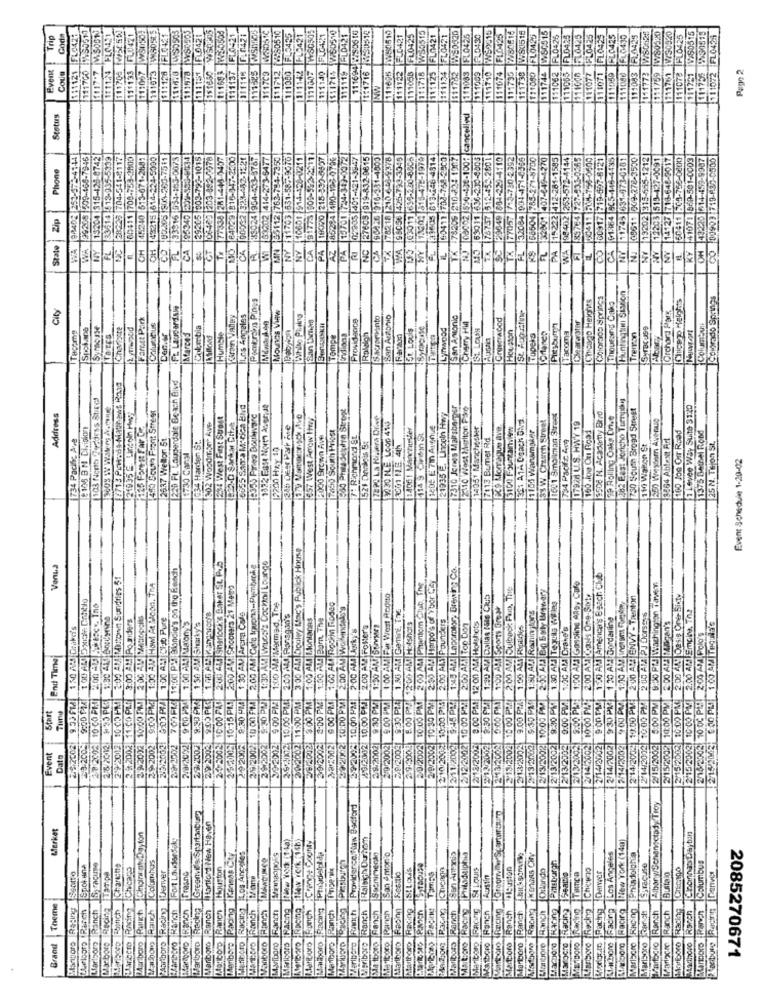
9%50517
111708 [W/5(51)
FLO421
₩50505
$51711 W50510
20
15
50515
111/59 W80320
111761 W/30320
Trip
Gode
111133 FLO421
WYSO505
FLO42
FICA
111119 FLO42
FL0-421
FLO425
15
21
0430
FLOW2
FL0426
FL04.25
PL0425
111071 |FL0425
111773 WS0128
FLO425
111751 1X80515
111756 9730519
511072 FL0424
111124 PLC
$1:128 FLO4
FLO4
111710 WS
FLO4
111693 W
111694 12
W
FL
FL
Event
111121
1117.7
111057
111673
111578
151850
111525
111712
111407
111122
111063
111009
111074
11738
11077
Pago 2
Cous
111700
111673
111137
011118
CO
111080
111140
1716
111695
11:718
111125
#11134
111080
111744
$111078
11
INW
111
1110
111
111
Status
WA 98402 253-172-4144
WA 99208 209-468-7946
13204 315-126-0742
28223 704-541-8117
71-268
224-5000
29205 003-796-1015
08482 203 882-6978
77334 281-445-3407
37-25001
12-1321
473-8787
273-6477
1-00721
₪ 02335 401-421-3847
27605 919-832-9815
TX 78218 210 4-3-4378
49
478-1979
615164 965-146-4435
11745 631-973-0181
09511 009-272-3500
212
12203 513-427-0091
1227-0091
03
42225 614-459-9987
CO 00903 719-182-0500
Phone
33614 513-935-5
198225 916-331
WA 95056 425-793-
160917 719-657
41071 850-501-
60411 708-75
93411 708-74
14127 718-6
60411 209-755
43215 614
195340 209-
12 763
33 531
1914
70 215
85284 480
TX 78209 210
02 315
OH 45240 51
FLAD3916
15700 ₺
3605 61
Zip
1000
TX 797-57
77057
1. 22
CA 61-184
12203
3208
NY
FL
VC
OH
ČT
T.
CA
WE
NY
NY
CA
PA
AZ
PA
WA
NY
A.
NY
Chicago Heights
Chiomaos siprings
Thousand Oaks
Huntingtını Station
Glicero Heights
Tcolorado Springs
Ft Lauderdays
Orchard Park
City
Forest Part
Caron Valley
Los Angeles
Mounds View
Providence
Sacarvinto
San Antonio
San Antonio
St. Augustine
Spoluapa
Syracuse
Chevipete
Columbus
Afarces
Colombia
Et Louis
Lynwood
Cherry Hig
SL LOUN
Houston
PutsSum
Clearerstar
Columbus
Humble
Tempe
Endions
Rolsich
ITupeks
Tacoma
Treman
1220 Ft Lauderdale Beach Blvd
103 North Zecdess Shire
282 East Joricho Tury
1440 South Front Street
16355 San'a Matica ENvt
1322 Fast Nort Aberde
1900 Prisa Selplyn Stropt
121935 E. Lincoln Hwy
7310 Jenes Malrsberger
2110 West Marlton Five
730 South Broad Street
a Lovee Way Suite 31:20
Address
121935 E. Lincoln Mwwy
:350 Pries Boulware
€57 West Acrow Hwy
17828 La Riviera Dive
1361 ATA Coach BNd
83 W. Church Street
11691 8moilman Street
3508 N. Academy Birro
39 Rolling Oaks Cvive
7325 For Rt Far Ca
302 Woodmont AVE
7490 South Priest
3030 NLE. LOOG 410
1406! Manchester
1405 E 71 Avenue
14051 Manchester
ECS Morraque ave.
11105 Wanamaker
1792 U.S. HWY 19
1375 Bethel Rond
734 Pacific Ave
2637 Wellor 5t
1634 Harden St.
2000 Brown Ave
7: Richmond St
1521 Doriois 5:
114 3 Cvitin St
7:13 Bumet Rd
734 Pacific Avg
150 .ice On Riga:
3864 AbleNt Art
100 Joe Our Road
25 N. Tejon St.
12200 Hz.10
ECO1 NIE 4th
110 Walton St
1730 CanMI
Event Schedule 1-20-02
20/2002 11:00 PM 3 00 AM Dipoley Mac's Publick House
Venua
701FM 11:00 PM Blondie's on the Beach
200 4M1 SHOCKe Baker St. Pub
2.00 AM Gele Iquona-Pembecke
1:30 AM Wucci's Cochol Lounge
1:49 AM Laborator, Brewing Co.
2:00 AM MITtown Sundries 51
2/9/2002 10:30 PM|2:30 AM Harpo's of Ybor Czy
1:00 AN America's Beach Club
9:00 PM| 1:00 AM Howl At "con. The
2:00 ANI Shooters 21 Mamy
10:00 PM 2 00 AMI Phantom club, The
10 00 PM 2 00 AM Dulback Pain, The
1:00 AM Gasoline Alpy Cafe
1:00 AM Far West Redito
1:40 AM Dallas NRs Ckb
2:00 AM Cans One-SMe
200 AM ENVY - Trenton
2.00 AMy Desis One Sixty
1x10 AM Mermed, The
6:00 PM 1:00 AM Rockin Riodec
322002 60:00 PM| 2:00 AM Wolfindal's
210.2002 13:00 PM 2.00 AM Pounders
2.00 PM: 12 00 ALE Holshots ...
1:00 AM Sports Grew
1:50 AMI Remin tons
1.30 All |Tequila WE Ing
2.9:2002 11 60 PLf 3:00 AM Po siders
10:00 PM 2 00 AM MARIOOGIS
8:00 PM 1:00 AM Club Pure
1:30 AM Arcra Cafe
3.9240072 10.00 PM41 2:00 AM Pans930'S
3.00 PM E:00 AM Hontanas
1.00 AL Barn, The
1.30 AM |Genini, T
8.00 PM |1200 AM Hotshots
1 30 AMI Borderline
2 00 AM PJ OUISSS
9.59 FMA 1 50 AM Drikdi's
9 00 PM4 1:00 AM Matory
1-50 AM Sharky's
392008|10.00 PM 2:00 AM Jorky's
89/2002 10:00 PM 2.00 AM Foster's
2:00 AM1 Top Con
1.00 ALI Rioildes
ROC AM Crahe's
2:00 AM 140gan'S
2/15/2026 00 PLI 1:00 AM |THcula's
2/15/2002 10 00 PM 2.00 AM Polo's
End Time
9.53 FRA
2'9/2002 10 05 PM
$0:00 PM
9:05 PME
24/2002 10:00 PAD
25 2008 10:13 PM !!
9:30 PMJ
2/9-2002 9 00 PM
9:30 PM
4:00 PM
28/200819:30 PRE
8:30 PM
0:00 PM
9:00 PM
9.00 PL
10:00 PM
2/152002 10:00 PM
PM
2/15/2002 10:00 PM
9:30 PM
29/2002:10 00 F14
2/12/2002 10:00 PM
930 PL
2 14/2003 10.00 PM
2/14/2002 10:00 PM
2/15/2002 5:00 PM
Start
Time
9.00
10:00 F
10:00
2-3.200
28 2302
2.972002
3/8/2002
29 2003
29 2002
29/2002
28.200
279/20021
2.9:3000
2/9/2002
2/18/2002
2013/2002
13-2002
/13/2002
2/13/2002
2/13/2002
714/20021
7002
2/14/2002
9/15/2002
Event
Dato
2/13/20
21
21
Greenville Spartanburg
Providence Naw Uscford
hansctady Troy
Merket
Hartford New Haven
Creare County
Raleigh Duhon
BibanySchans
Cinonna's Day ban
Los Angeles
Racing New York (140)
Racing Kensas Cty
Racing Los Angeles
MANGUNCO
Piesburra
Secnimento
San Antonio
sen Antonio
Piiladelphia
KonGAS CHY
Prisdolghia
Spokuna
ICHariche
Chicago
Houston
Harthoro Racing SiLous
Martors Racing |Chicago
St LOUIS
Houston
Dilando
Chewno
Syracuse
Cromo
Marlboro Recing |Tampa
Denver
Graane
Festtic
Tamse
Austin
Pacing Derver
Buitalo
Theme
Slangord Racing
tuurloro Ranch
Lfariboro Ranch
ASeriborp |Footich
Racing
Ranch
Racing
Finch
Or RACING
IPonch
Marlboro Racing
Marlboro |Rackg
Ranch
Radho
Marlboro |Racing
Marlboro IFROny
Marlboro Racing
Ranch
Racing
Racing
Racimo
Racing
Kacibiges Recirin
Barbero Ranch
Marlboro Ranch
Manboro Ranch
Marlboro Ranch
Ranch
artboro Ranch
Marlboro [Ranch
Ranch
Ranch
Marlboro Ranch
Matboro |Fanch
Marboro Ranch
Ranch
Marlboro Ranch
Ranch
Ranch
Marthoro Rsach
Marinoro Ranch
Marlboro
Brand
Marlboro
Marlboro
MastibcTo
Martpro
Marlboro
Haciorg
abone
Marlboro
Ma tb
2085270671